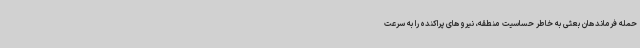
حمله فرماندهان بعثی به خاطر حساسیت منطقه‌، نیروهای پراکنده را به سرعت